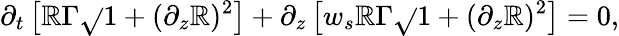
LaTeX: \partial_{{t}}\left[\mathbb{R}\Gamma\sqrt{}{{1+(\partial_{z}\mathbb{R})^{2}}}\right]+\partial_{z}\left[{w}_{s}\mathbb{R}\Gamma\sqrt{}{{1+(\partial_{z}\mathbb{R})^{2}}}\right]=0,